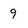
Character: 9